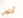
أنتوني